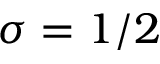
\sigma = 1 / 2